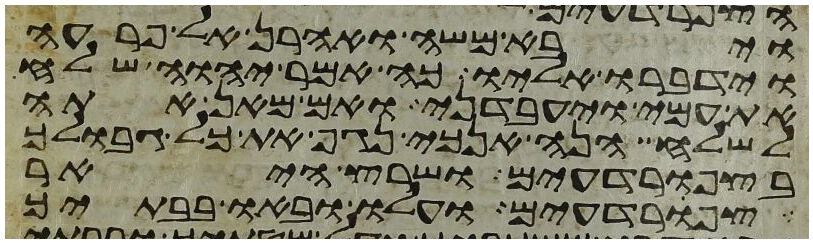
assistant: ויבא משה ואהרן אל פרעה
וידברו אליו כה אמר יהוה שלח
את עמי ויעבדני ואם מאן אתה
לשלח הנה אנכי נגף את כל גבולך
בצפרדעים ושרץ היאר
צפרדעים ועלו ובאו בבתיך